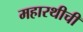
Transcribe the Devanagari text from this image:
महारथीची